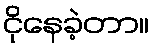
ငိုနေခဲ့တာ။